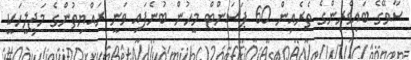
ސާވޭގެ ބައިވެރިންގެ ތެރެއިން 60 ޕަސަންޓް މީހުން ބުނެފައި ވަނީ ރައްޔިތުންގެ މަޖިލީހަކީ